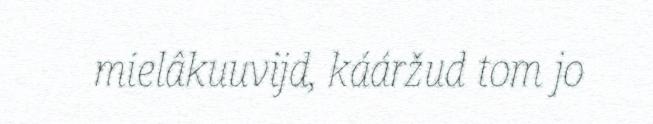
mielâkuuvijd, kááržud tom jo